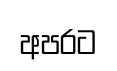
අපරට